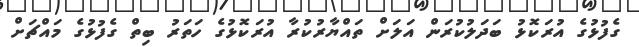
ގެފުޅުގެ އުރަކޮޅު ބަދަލުކުރަން އަލަށް ތައްޔާރުކުރާ އުރަކޮޅުގެ ހަތަރު ބިތް ގެފުޅުގެ މައްޗަށް